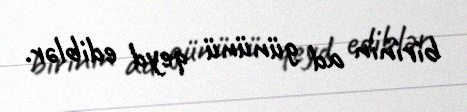
birinin ad gününü qeyd ediblər.